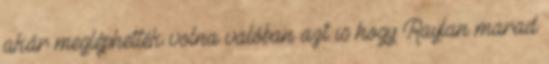
akár megléphették volna valóban azt is hogy Raylan marad